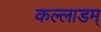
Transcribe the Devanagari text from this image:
कल्लाडम्